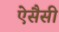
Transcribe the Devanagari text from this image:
ऐसैसी